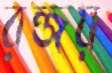
রন্জয়